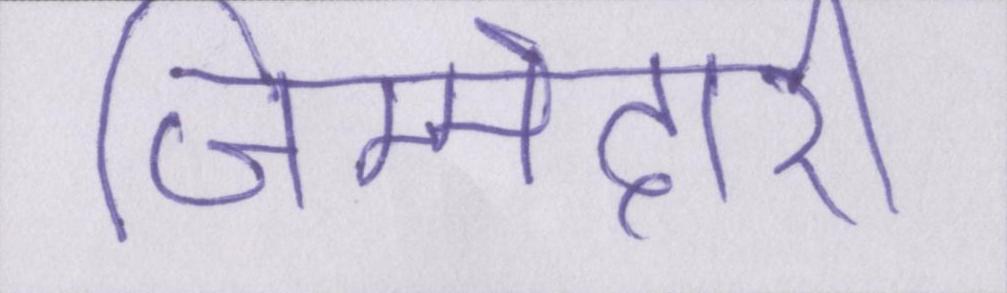
जिम्मेदारी